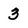
Character: 3